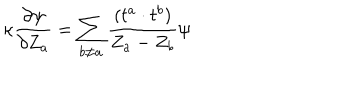
LaTeX: \kappa \frac { \partial \psi } { \partial Z _ { a } } = \sum _ { b \neq a } \frac { ( t ^ { a } \cdot t ^ { b } ) } { Z _ { a } - Z _ { b } } \psi